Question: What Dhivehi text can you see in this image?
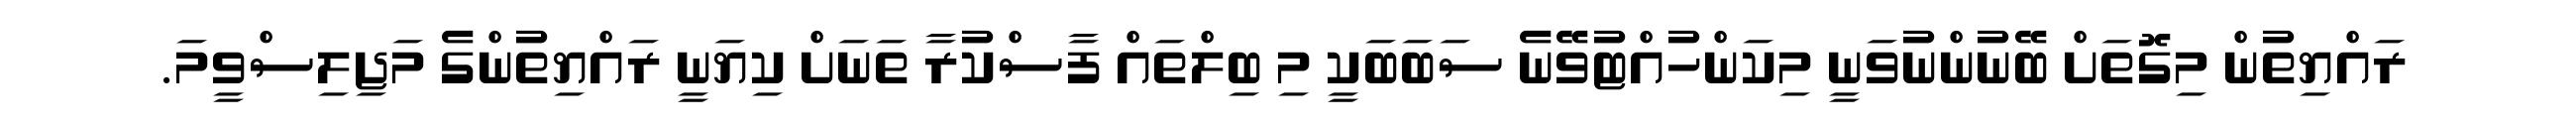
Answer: ރައްޔިތުން މިގޮތަށް ބޭނުންނުވަނީ މިކަންހުއްޓުވޭނެ ސަބަބަކީ މި ބިލްތައް ފާސްކުރާ ތަނަށް ކިޔަނީ ރައްޔިތުންގެ މަޖިލިސްވީމަ.